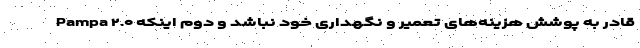
Pampa ۲.۰ قادر به پوشش هزینه‌های تعمیر و نگهداری خود نباشد و دوم اینکه